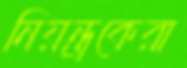
নিয়ন্ত্রকেরা